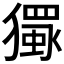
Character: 𱮦